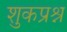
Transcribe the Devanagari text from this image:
शुकप्रश्न